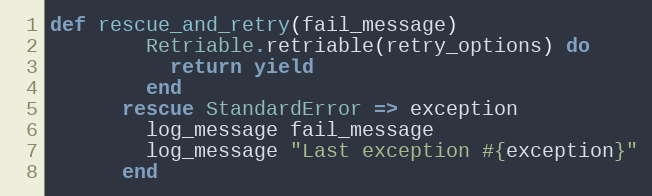
Language: Ruby
def rescue_and_retry(fail_message)
        Retriable.retriable(retry_options) do
          return yield
        end
      rescue StandardError => exception
        log_message fail_message
        log_message "Last exception #{exception}"
      end